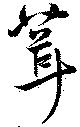
葺